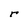
Character: r